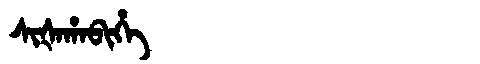
Manchu: ᠰᡳᡧᠠᡥᠠᠪᡳᡥᡝ
Romanization: SIŠAHABIHE